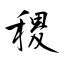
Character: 稷